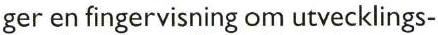
ger en fingervisning om utvecklings-